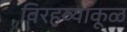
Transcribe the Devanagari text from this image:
विरहव्याकूळ